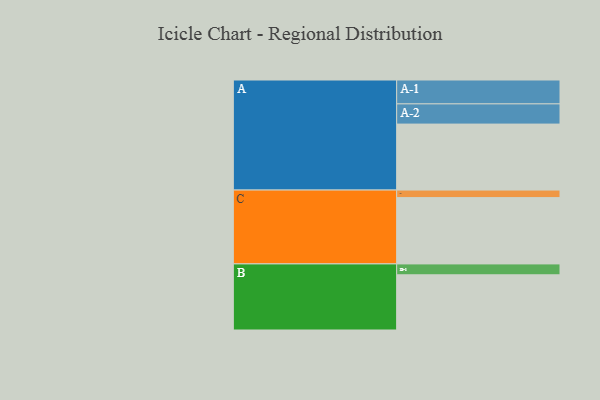
{"axis": {"x": "Segment", "y": "Value"}, "legend": ["", "A", "B", "C"], "data": [{"x": "A", "y": 594, "type": ""}, {"x": "B", "y": 497, "type": ""}, {"x": "C", "y": 597, "type": ""}, {"x": "A-1", "y": 215, "type": "A"}, {"x": "A-2", "y": 182, "type": "A"}, {"x": "B-1", "y": 98, "type": "B"}, {"x": "C-1", "y": 68, "type": "C"}]}